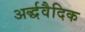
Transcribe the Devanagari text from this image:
अर्द्धवैदिक